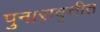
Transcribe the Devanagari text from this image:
पुनारावृत्तीत